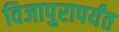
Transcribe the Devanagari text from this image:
विजापुरापर्यंत